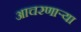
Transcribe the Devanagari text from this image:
आचरणार्‍या